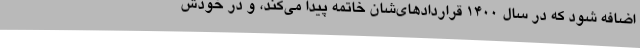
اضافه شود که در سال ۱۴۰۰ قراردادهای‌شان خاتمه پیدا می‌کند، و در خودش